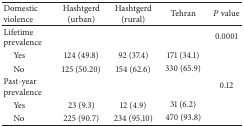
<table><thead><tr><td><b>Domestic violence</b></td><td><b>Hashtgerd (urban)</b></td><td><b>Hashtgerd (rural)</b></td><td><b>Tehran</b></td><td><b><i>P</i> value</b></td></tr></thead><tbody><tr><td>Lifetime prevalence</td><td> </td><td> </td><td> </td><td>0.0001</td></tr><tr><td> Yes</td><td>124 (49.8)</td><td>92 (37.4)</td><td>171 (34.1)</td><td> </td></tr><tr><td> No</td><td>125 (50.20)</td><td>154 (62.6)</td><td>330 (65.9)</td><td> </td></tr><tr><td>Past-year prevalence</td><td> </td><td> </td><td> </td><td>0.12</td></tr><tr><td> Yes</td><td>23 (9.3)</td><td>12 (4.9)</td><td>31 (6.2)</td><td> </td></tr><tr><td> No</td><td>225 (90.7)</td><td>234 (95.10)</td><td>470 (93.8)</td><td> </td></tr></tbody></table>